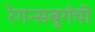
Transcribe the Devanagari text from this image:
रेगन्सबुर्गची